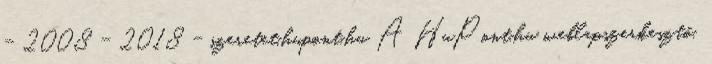
- 2008 - 2018 - szeretet.hupont.hu A HuPont.hu weblapszerkesztő.